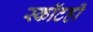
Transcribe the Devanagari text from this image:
स्कॉटही